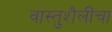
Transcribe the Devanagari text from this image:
वास्तुशैलींचा